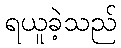
ရယူခဲ့သည်